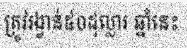
ត្រូវរង្វាន់៥០ដុល្លារ ឆ្នាំនេះ